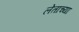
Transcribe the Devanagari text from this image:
लेताच्या